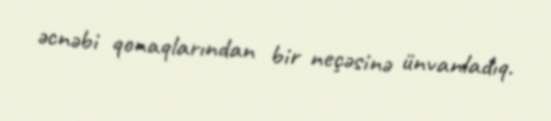
əcnəbi qonaqlarından bir neçəsinə ünvanladıq.